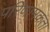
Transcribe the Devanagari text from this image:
परिणामकता